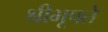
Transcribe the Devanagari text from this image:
श्रीभूपते